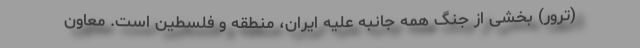
(ترور) بخشی از جنگ همه جانبه علیه ایران، منطقه و فلسطین است. معاون